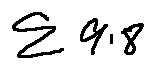
\sum 9 . 8